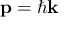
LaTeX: \mathbf { p } = \hbar \mathbf { k }